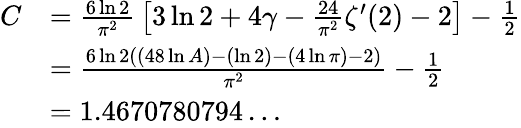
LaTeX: {\begin{array}{rl}{C}&{={\frac{6\ln 2}{\pi^{2}}}\left[3\ln 2+4\gamma-{\frac{24}{\pi^{2}}}\zeta^{\prime}(2)-2\right]-{\frac{1}{2}}}\\ &{={\frac{{6\ln 2}((48\ln A)-(\ln 2)-(4\ln\pi)-2)}{\pi^{2}}}-{\frac{1}{2}}}\\ &{=1.4670780794\ldots}\end{array}}